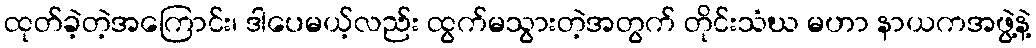
ထုတ်ခဲ့တဲ့အကြောင်း၊ ဒါပေမယ့်လည်း ထွက်မသွားတဲ့အတွက် တိုင်းသံဃ မဟာ နာယကအဖွဲ့နဲ့